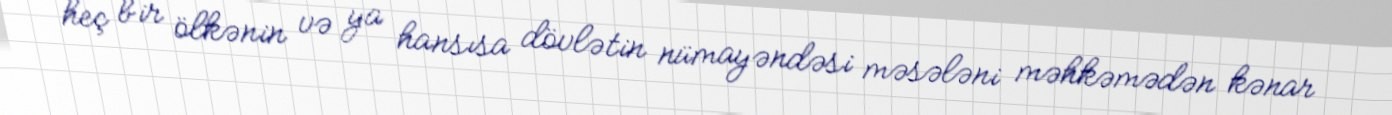
heç bir ölkənin və ya hansısa dövlətin nümayəndəsi məsələni məhkəmədən kənar